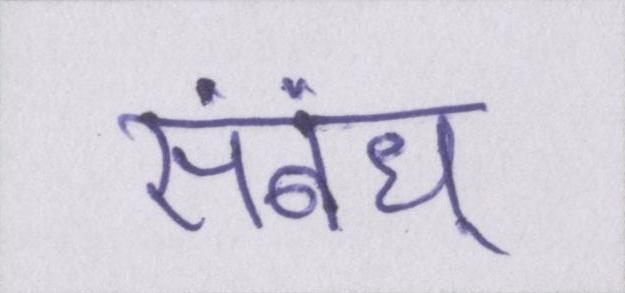
संबंध्